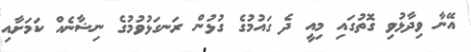
އޭނާ ވިދާޅުވި ގޮތުގައި މިއީ ދެ ގައުމުގެ ގުޅުން ރަނގަޅުވުމުގެ ނިޝާނެއް ކަމަށާއި